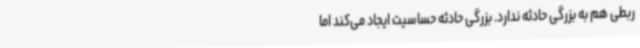
ربطی هم به بزرگی حادثه ندارد. بزرگی حادثه حساسیت ایجاد می‌کند اما